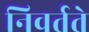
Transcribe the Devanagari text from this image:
निवर्तते